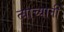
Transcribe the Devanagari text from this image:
त्याच्यानी